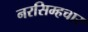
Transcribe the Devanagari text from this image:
नरसिम्हचार